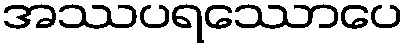
အဿပရဿောပေ